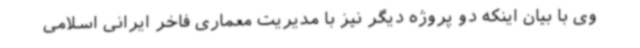
وی با بیان اینکه دو پروژه دیگر نیز با مدیریت معماری فاخر ایرانی اسلامی